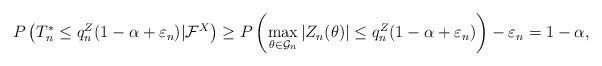
LaTeX: \begin{align*}P\left(T^*_n\leq q_n^Z(1-\alpha+\varepsilon_n)|\mathcal{F}^X\right)\geq P\left(\max_{\theta\in\mathcal{G}_n}|Z_n(\theta)|\leq q_n^Z(1-\alpha+\varepsilon_n)\right)-\varepsilon_n=1-\alpha,\end{align*}